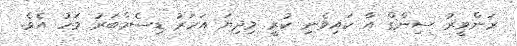
ރަންވީރު ސިންގް އާ ކައިވެނި ކުރީ މިދިޔަ އަހަރު ޑިސެމްބަރު މަހު އެވެ.